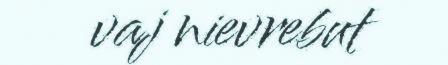
vaj nievrebut